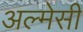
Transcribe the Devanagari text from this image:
अल्मेसी